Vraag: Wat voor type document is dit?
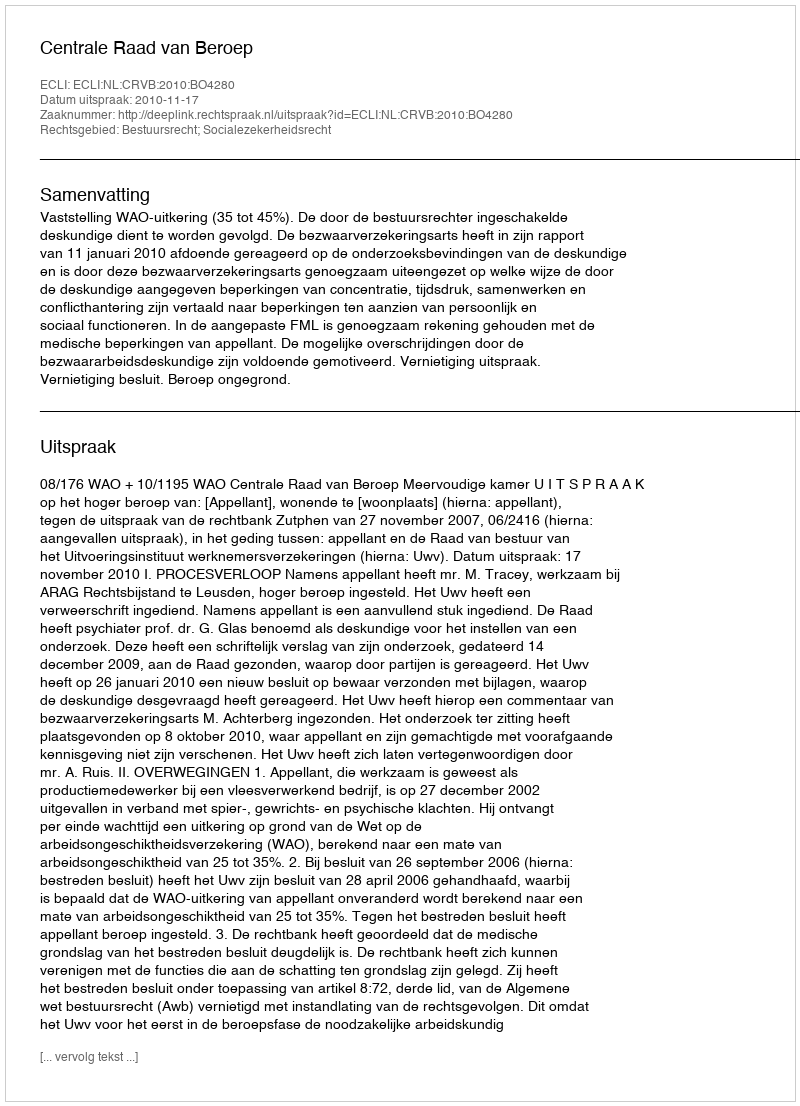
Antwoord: Uitspraak